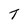
Character: T